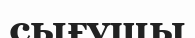
сығушы